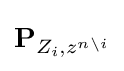
\mathbf {P} _{Z_{i},z^{n\backslash i}}